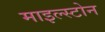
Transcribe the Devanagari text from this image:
माइल्स्टोन